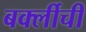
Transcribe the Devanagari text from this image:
बर्क्लीची